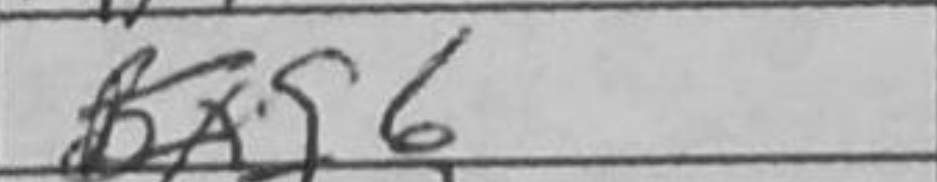
Transcription: Bxg6